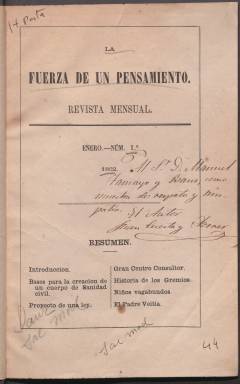
Título: La Fuerza de un pensamiento
Colección: Salud e higiene
Ámbito geográfico: Madrid
Lugar de publicación: Madrid
Fechas: 01/01/1862-30/06/1862